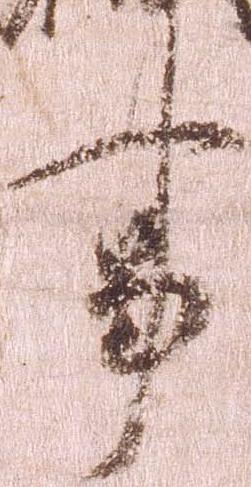
事